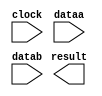
module vertex_multiply (
	clock,
	dataa,
	datab,
	result);

	input	  clock;
	input	[20:0]  dataa;
	input	[20:0]  datab;
	output	[41:0]  result;

endmodule